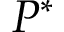
P ^ { * }